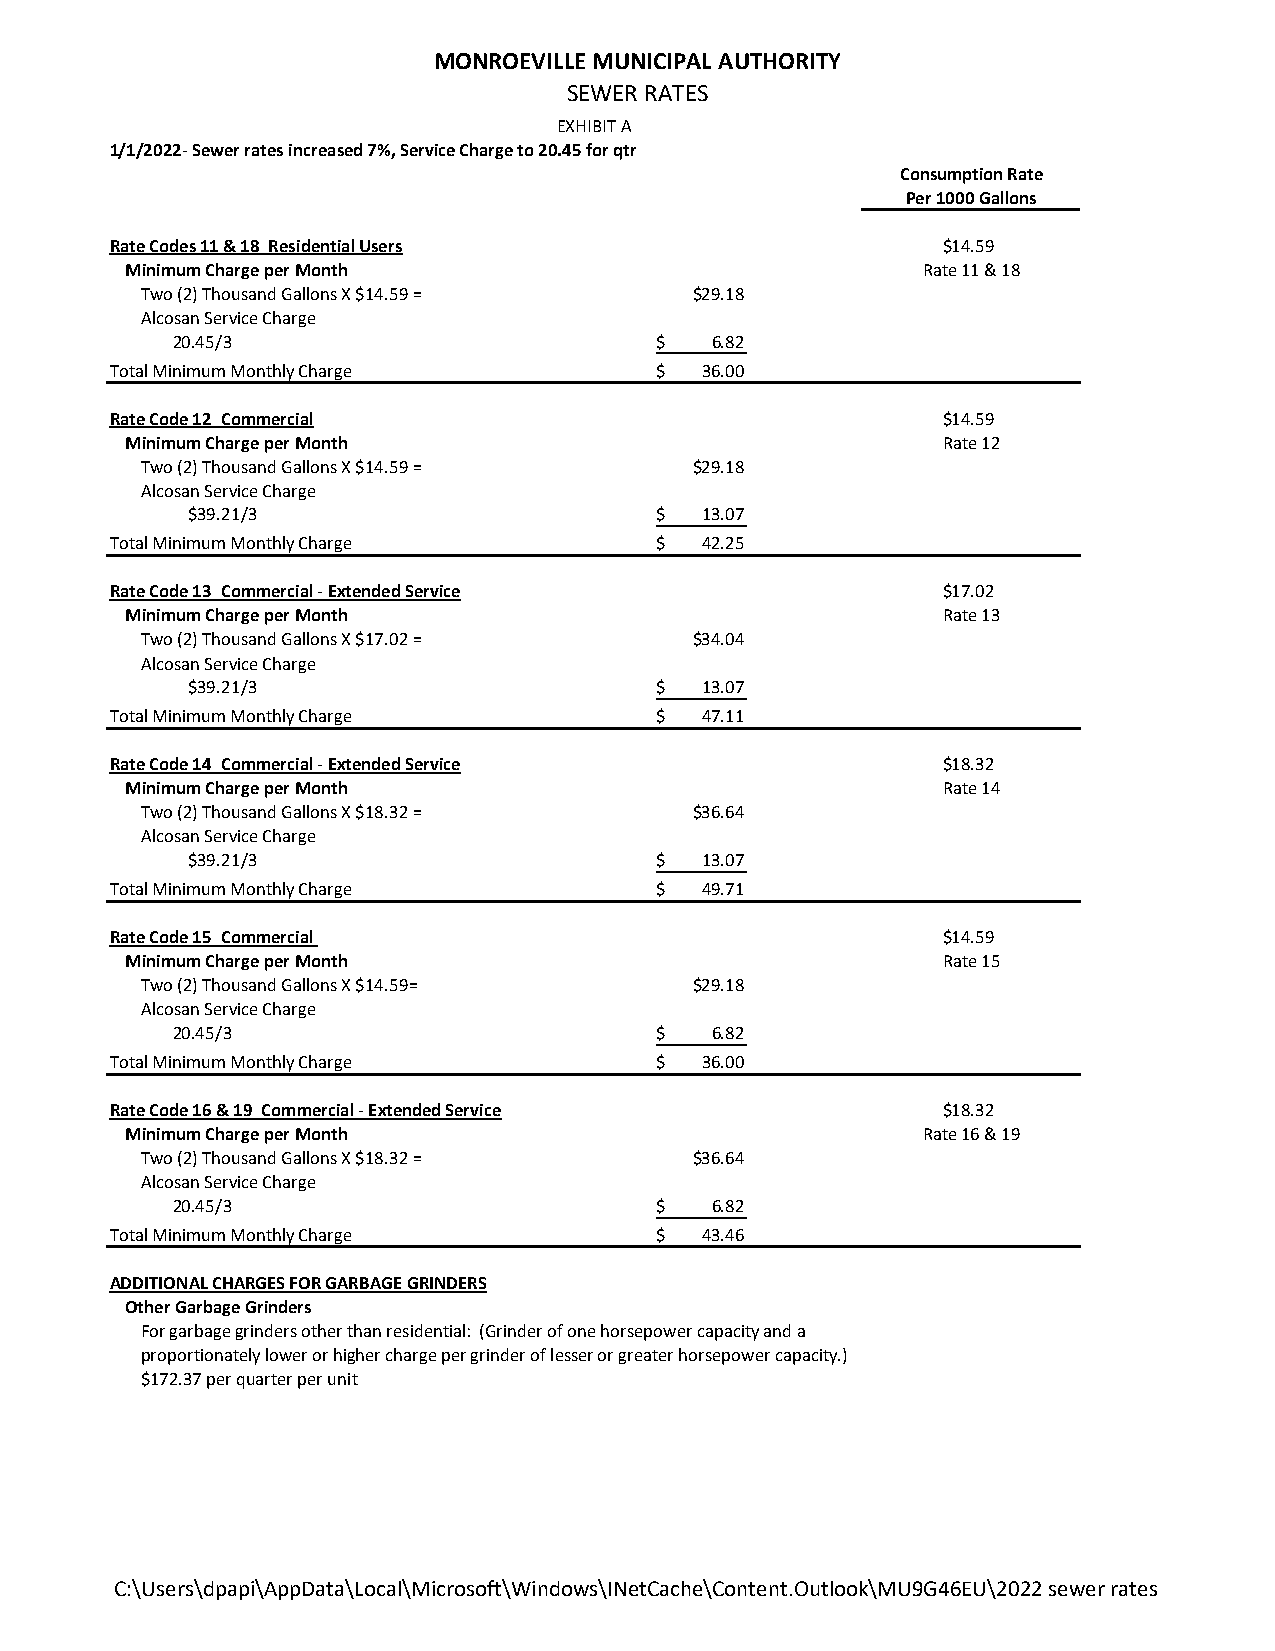
MONROEVILLE MUNICIPAL AUTHORITY
 SEWER RATES
 EXHIBIT A
 1/1/2022- Sewer rates increased 7%, Service Charge to 20.45 for qtr
 Consumption Rate
 Per 1000 Gallons
 Rate Codes 11 & 18 Residential Users                   $14.59
 Minimum Charge per Month                             Rate 11 & 18
 Two (2) Thousand Gallons X $14.59 =  $29.18
 Alcosan Service Charge
 20.45/3                         $   6 .82
 Total Minimum Monthly Charge        $  36.00
 Rate Code 12 Commercial                                $14.59
 Minimum Charge per Month                              Rate 12
 Two (2) Thousand Gallons X $14.59 =  $29.18
 Alcosan Service Charge
 $39.21/3                       $  13.07
 Total Minimum Monthly Charge        $  42.25
 Rate Code 13 Commercial - Extended Service             $17.02
 Minimum Charge per Month                              Rate 13
 Two (2) Thousand Gallons X $17.02 =  $34.04
 Alcosan Service Charge
 $39.21/3                       $  13.07
 Total Minimum Monthly Charge        $  47.11
 Rate Code 14 Commercial - Extended Service             $18.32
 Minimum Charge per Month                              Rate 14
 Two (2) Thousand Gallons X $18.32 =  $36.64
 Alcosan Service Charge
 $39.21/3                       $  13.07
 Total Minimum Monthly Charge        $  49.71
 Rate Code 15 Commercial                                $14.59
 Minimum Charge per Month                              Rate 15
 Two (2) Thousand Gallons X $14.59=   $29.18
 Alcosan Service Charge
 20.45/3                         $   6 .82
 Total Minimum Monthly Charge        $  36.00
 Rate Code 16 & 19 Commercial - Extended Service        $18.32
 Minimum Charge per Month                             Rate 16 & 19
 Two (2) Thousand Gallons X $18.32 =  $36.64
 Alcosan Service Charge
 20.45/3                         $   6 .82
 Total Minimum Monthly Charge        $  43.46
 ADDITIONAL CHARGES FOR GARBAGE GRINDERS
 Other Garbage Grinders
 For garbage grinders other than residential: (Grinder of one horsepower capacity and a
 proportionately lower or higher charge per grinder of lesser or greater horsepower capacity.)
 $172.37 per quarter per unit
 C:\Users\dpapi\AppData\Local\Microsoft\Windows\INetCache\Content.Outlook\MU9G46EU\2022 sewer rates